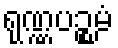
ရုဏ္ဏပဉ္စမံ